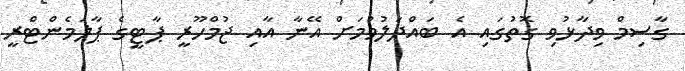
ގާސިމް ވިދާޅުވި ގޮތުގައި އެ ބައްދަލުވުމަށް އޭނާ އާއި ޖުމްހޫރީ ޕާޓީގެ ޕާލަމެންޓްރީ